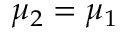
\mu _ { 2 } = \mu _ { 1 }